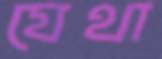
যেথা